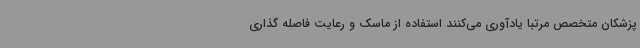
پزشکان متخصص مرتبا یادآوری می‌کنند استفاده از ماسک و رعایت فاصله گذاری